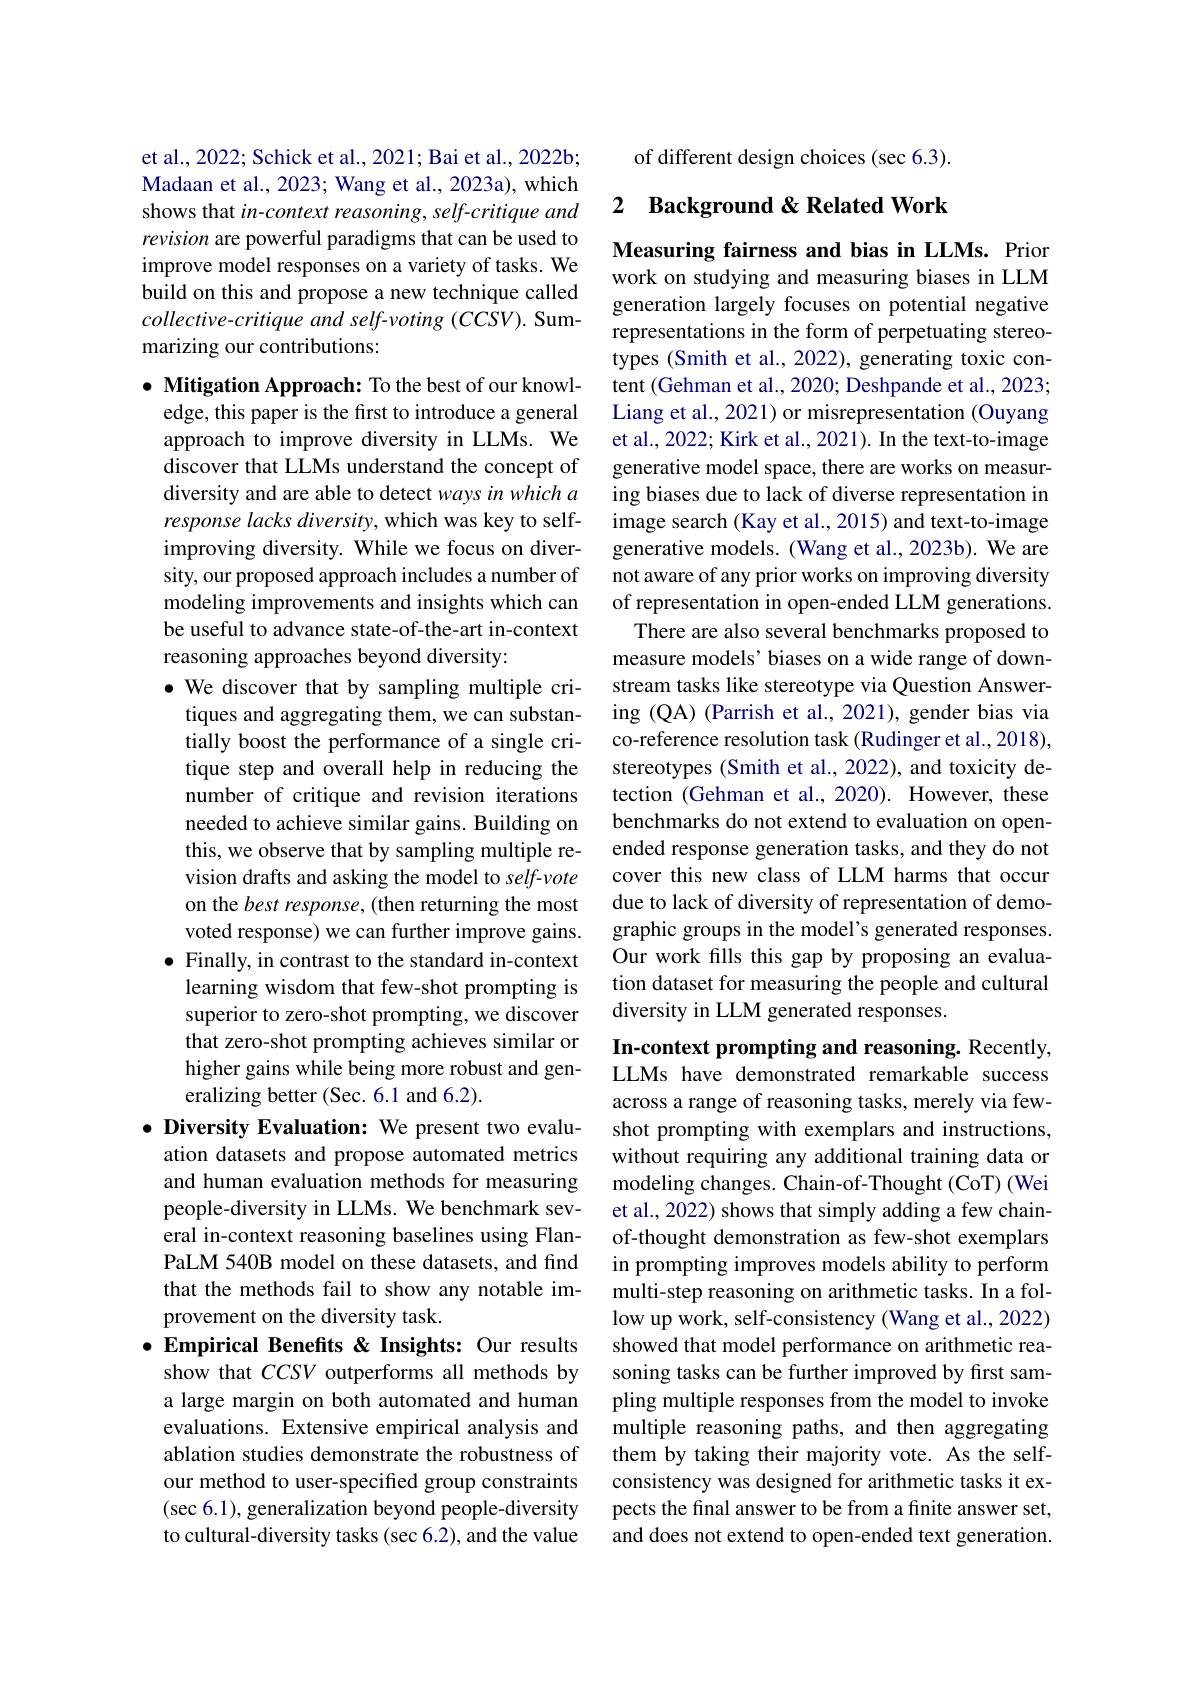
et al., 2022; Schick et al., 2021; Bai et al., 2022b; Madaan et al., 2023; Wang et al., 2023a), which shows that in-context reasoning, self-critique and revision are powerful paradigms that can be used to improve model responses on a variety of tasks. We build on this and propose a new technique called $collective-critique~and~self-voting~(CCSV).~Sum-$ marizing our contributions:

$\bullet$ Mitigation Approach: To the best of our knowl-
edge, this paper is the first to introduce a general approach to improve diversity in LLMs. We discover that LLMs understand the concept of diversity and are able to detect ways in which a response lacks diversity, which was key to selfimproving diversity. While we focus on diversity, our proposed approach includes a number of modeling improvements and insights which can be useful to advance state-of-the-art in-context reasoning approaches beyond diversity:
$\bullet$ We discover that by sampling multiple critiques and aggregating them, we can substantially boost the performance of a single critique step and overall help in reducing the number of critique and revision iterations needed to achieve similar gains. Building on this, we observe that by sampling multiple revision drafts and asking the model to self-vote on the best response, (then returning the most voted response) we can further improve gains.
$\bullet$ Finally, in contrast to the standard in-context
learning wisdom that few-shot prompting is superior to zero-shot prompting, we discover that zero-shot prompting achieves similar or higher gains while being more robust and generalizing better (Sec.6.1 and 6.2).
$\bullet$ Diversity Evaluation: We present two evalu-
ation datasets and propose automated metrics and human evaluation methods for measuring people-diversity in LLMs. We benchmark several in-context reasoning baselines using FlanPaLM 540B model on these datasets, and find that the methods fail to show any notable improvement on the diversity task.
$\bullet$ Empirical Benefits & Insights: Our results
show that $CCSV$ outperforms all methods by a large margin on both automated and human evaluations. Extensive empirical analysis and ablation studies demonstrate the robustness of our method to user-specified group constraints $(\sec6.1)$, generalization beyond people-diversity to cultural-diversity tasks (sec 6.2), and the value

of different design choices (sec 6.3).

## 2 Background &Related Work

Measuring fairness and bias in LLMs. Prior work on studying and measuring biases in LLM generation largely focuses on potential negative representations in the form of perpetuating stereotypes (Smith et al., 2022), generating toxic content (Gehman et al., 2020; Deshpande et al., 2023; Liang et al., 2021) or misrepresentation (Ouyang et al., 2022; Kirk et al., 2021). In the text-to-image generative model space, there are works on measuring biases due to lack of diverse representation in image search (Kay et al., 2015) and text-to-image generative models. (Wang et al.,2023b). We are not aware of any prior works on improving diversity of representation in open-ended LLM generations.
There are also several benchmarks proposed to measure models’biases on a wide range of downstream tasks like stereotype via Question Answering (QA) (Parrish et al., 2021), gender bias via co-reference resolution task (Rudinger et al., 2018), stereotypes (Smith et al., 2022), and toxicity detection (Gehman et al.,2020). However, these benchmarks do not extend to evaluation on openended response generation tasks, and they do not cover this new class of LLM harms that occur due to lack of diversity of representation of demographic groups in the model's generated responses. Our work fills this gap by proposing an evaluation dataset for measuring the people and cultural diversity in LLM generated responses.

In-context prompting and reasoning. Recently, LLMs have demonstrated remarkable success across a range of reasoning tasks, merely via fewshot prompting with exemplars and instructions, without requiring any additional training data or modeling changes. Chain-of-Thought (CoT) (Wei et al., 2022) shows that simply adding a few chainof-thought demonstration as few-shot exemplars in prompting improves models ability to perform multi-step reasoning on arithmetic tasks. In a follow up work, self-consistency (Wang et al., 2022) showed that model performance on arithmetic reasoning tasks can be further improved by first sampling multiple responses from the model to invoke multiple reasoning paths, and then aggregating them by taking their majority vote. As the selfconsistency was designed for arithmetic tasks it expects the final answer to be from a finite answer set, and does not extend to open-ended text generation.